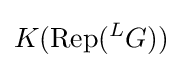
K(\mathrm {Rep} ({}^{L}G))